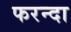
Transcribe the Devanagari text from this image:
फरन्दा